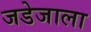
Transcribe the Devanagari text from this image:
जडेजाला